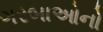
ગરબાઓનો